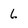
Character: 6